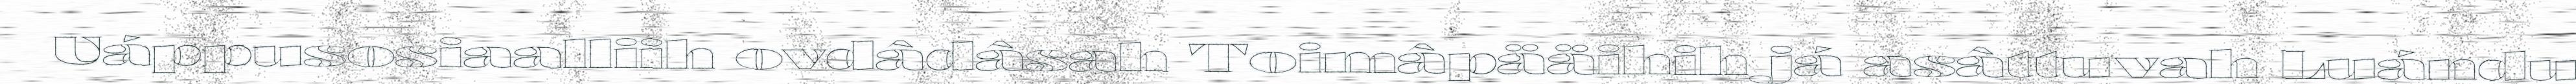
Uáppusosiaalliih ovdâdâsah Toimâpääihih já asâttuvah Luándu